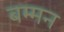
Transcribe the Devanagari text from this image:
बम्मन